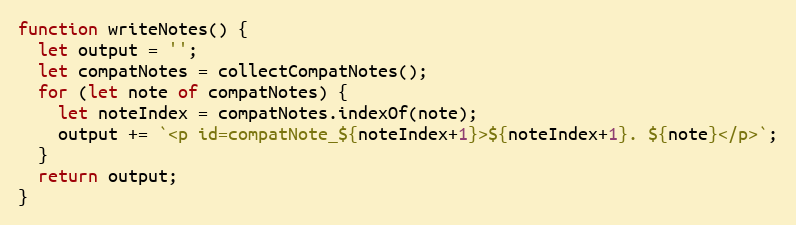
Language: JavaScript
function writeNotes() {
  let output = '';
  let compatNotes = collectCompatNotes();
  for (let note of compatNotes) {
    let noteIndex = compatNotes.indexOf(note);
    output += `<p id=compatNote_${noteIndex+1}>${noteIndex+1}. ${note}</p>`;
  }
  return output;
}